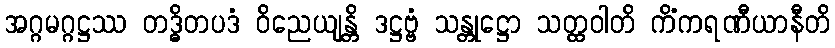
အဂ္ဂမဂ္ဂဋ္ဌဿ တဒ္ဓိတပဒံ ဝိညေယျန္တိ ဒဋ္ဌဗ္ဗံ သန္တုဋ္ဌော သတ္ထဝါတိ ကိံကရဏီယာနီတိ